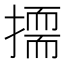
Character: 𭢛